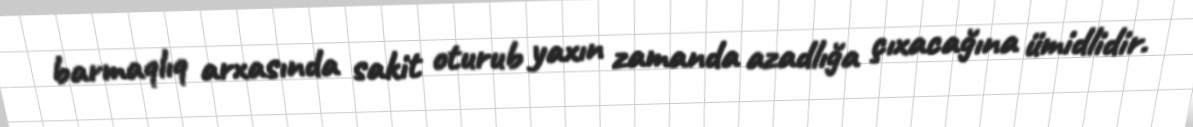
barmaqlıq arxasında sakit oturub yaxın zamanda azadlığa çıxacağına ümidlidir.